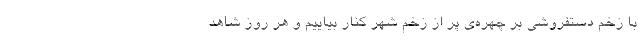
با زخم دستفروشی بر چهره‌ی پر از زخم شهر کنار بیاییم و هر روز شاهد